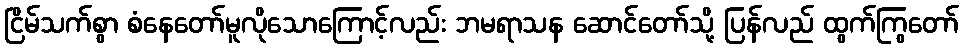
ငြိမ်သက်စွာ စံနေတော်မူလိုသောကြောင့်လည်း ဘမရာသန ဆောင်တော်သို့ ပြန်လည် ထွက်ကြွတော်